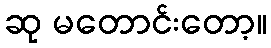
ဆု မတောင်းတော့။